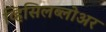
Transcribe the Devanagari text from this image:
व्हिसिलब्लोअर